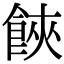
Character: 𩛩